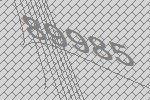
89985